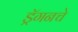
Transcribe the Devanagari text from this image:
ड्रॅगनचे